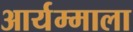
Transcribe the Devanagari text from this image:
आर्यम्माला